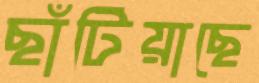
ছাঁটিয়াছে